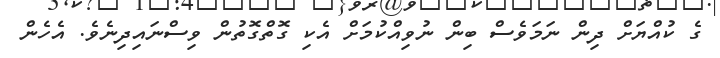
ގެ ކުއްޔަށް ދިން ނަމަވެސް ބިން ނުވިއްކުމަށް އެކި ގޮތްގޮތުން ވިސްނައިދިނެވެ. އެހެން